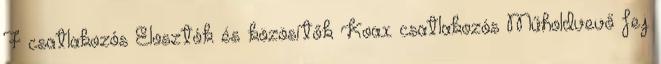
F csatlakozós Elosztók és közösítők Koax csatlakozós Műholdvevő fej